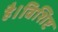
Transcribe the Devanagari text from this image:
है।विशिष्ट